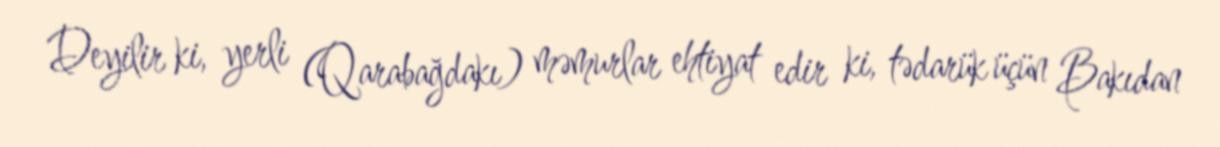
Deyilir ki, yerli (Qarabağdakı) məmurlar ehtiyat edir ki, tədarük üçün Bakıdan